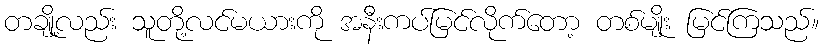
တချို့လည်း သူတို့လင်မယားကို အနီးကပ်မြင်လိုက်တော့ တစ်မျိုး မြင်ကြသည်။